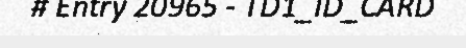
# Entry 20965 - TD1_ID_CARD